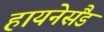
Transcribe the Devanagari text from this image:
हायनेसैंड